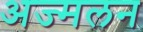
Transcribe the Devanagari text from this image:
अज्मलन